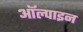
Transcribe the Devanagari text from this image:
ऑल्पाइन